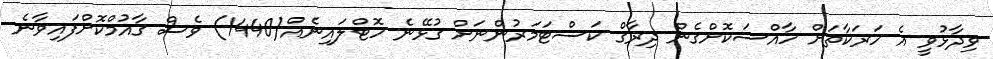
ވިދާޅުވީ އެ ހަރަކާތަށް ހާއްސަކޮށްގެން ދިރާގް ކަސްޓަމަރުންނަށް ގުޅޭނެ ހޮޓްލައިނެއް(1440) ވެސް ގާއުމްކޮށްފައިވާނެ